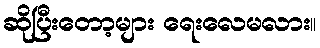
ဆိုပြီးတော့များ ရေးလေမလား။